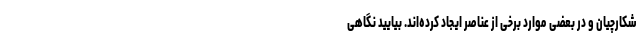
شکارچیان و در بعضی موارد برخی از عناصر ایجاد کرده‌اند. بیایید نگاهی